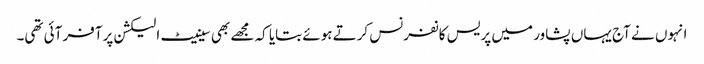
انہوں نے آج یہاں پشاور میں پریس کانفرنس کرتے ہوئے بتایا کہ مجھے بھی سینیٹ الیکشن پرآفر آئی تھی۔